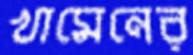
খামেনের